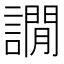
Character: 譋